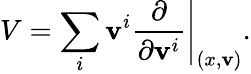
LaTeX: V=\sum_{i}\left.\mathbf{v}^{i}{\frac{{\partial}}{{\partial\mathbf{v}^{i}}}}\right|_{(x,\mathbf{v})}.